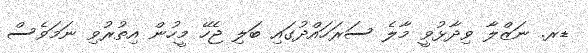
ޑރ. ނަޒްލާ ވިދާޅުވީ މާލެ ސަރަހައްދުގައި ބަލި ޖެހޭ މީހުން އިތުރުވި ނަމަވެސް